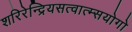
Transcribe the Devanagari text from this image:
शरिरेन्द्रियसत्वात्म्सयोगो